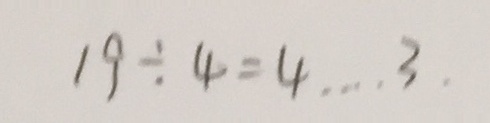
1 9 \div 4 = 4 \cdots 3 .